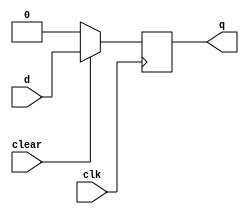
module dff_sync(d,q,clk,clear);//active low reset
	input clk,d,clear;
	output q;
	reg q;
	always@(posedge clk)
		if(!clear) 
			begin
				q<=1'b0;
			end
		else 
			begin
				q<=d;
			end
endmodule

module dff_async(d,q,clk,clear);//active low reset
	input d,clk,clear;
	output q;
	reg q;
	always@(posedge clk or negedge clear)
		if(!clear) 
			begin
				q<=1'b0;
			end
		else 
			begin
				q<=d;
			end
endmodule